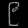
Digit: ၉